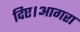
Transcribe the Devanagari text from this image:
दिए।आगरा